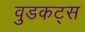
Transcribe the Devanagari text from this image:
वुडकट्स